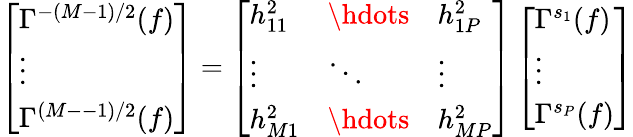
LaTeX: \left[\begin{array}{l}{\Gamma^{-(M{-}1)/2}(f)}\\ {\vdots}\\ {\Gamma^{(M{-}-1)/2}(f)}\end{array}\right]=\left[\begin{array}{lll}{h_{11}^{2}}&{\hdots}&{h_{1P}^{2}}\\ {\vdots}&{\ddots}&{\vdots}\\ {h_{M1}^{2}}&{\hdots}&{h_{MP}^{2}}\end{array}\right]\left[\begin{array}{l}{\Gamma^{s_{1}}(f)}\\ {\vdots}\\ {\Gamma^{s_{P}}(f)}\end{array}\right]